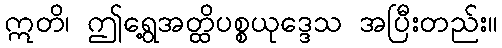
ဣတိ၊ ဤရွေ့အတ္ထိပစ္စယုဒ္ဒေသ အပြီးတည်း။